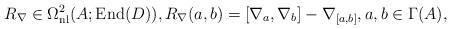
LaTeX: \begin{gather*} R_{\nabla} \in \Omega^2_{\mathrm{nl}}(A;\operatorname{End}(D)), R_{\nabla}(a,b) = [\nabla_a,\nabla_b]-\nabla_{[a,b]}, a,b \in \Gamma(A),\end{gather*}